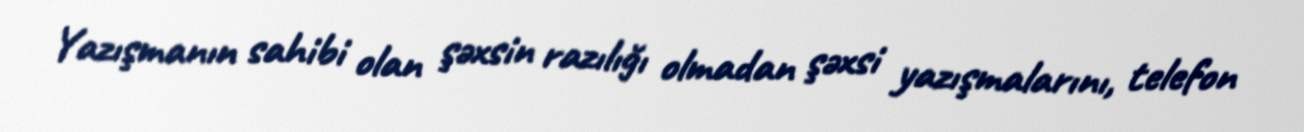
Yazışmanın sahibi olan şəxsin razılığı olmadan şəxsi yazışmalarını, telefon